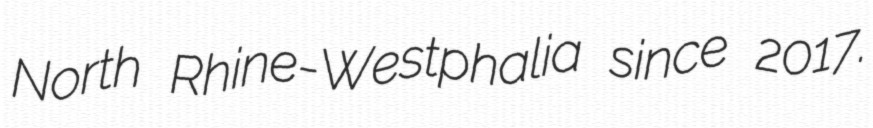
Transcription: North Rhine-Westphalia since 2017.